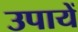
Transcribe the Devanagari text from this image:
उपायें